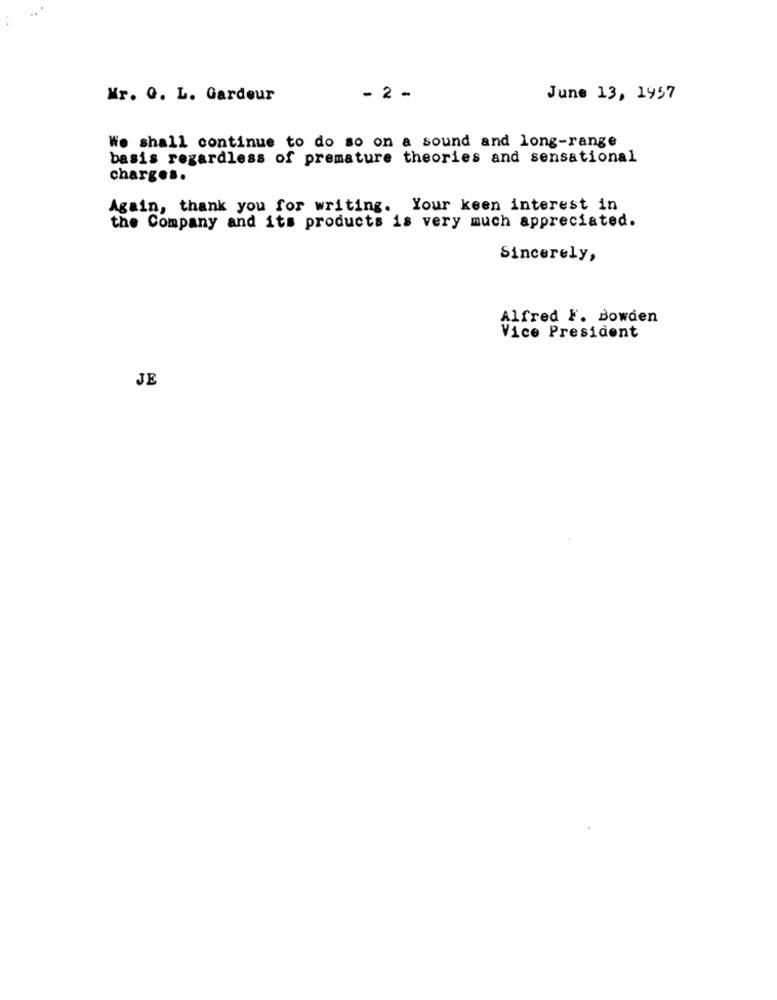
Mr. O. L. Gardeur
- 2 -
June 13, 1957
We shall continue to do so on a sound and long-range
basis regardless of premature theories and sensational
charges.
Again, thank you for writing. Your keen interest in
the Company and its products is very much appreciated.
Sincerely,
Alfred F. Bowden
Vice President
JE